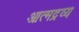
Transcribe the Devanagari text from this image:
आत्मद्रव्य